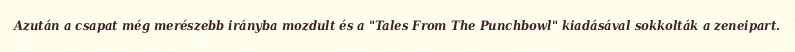
Azután a csapat még merészebb irányba mozdult és a "Tales From The Punchbowl" kiadásával sokkolták a zeneipart.